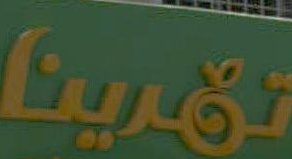
تمريناً